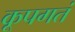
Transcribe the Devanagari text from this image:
कूपगतं